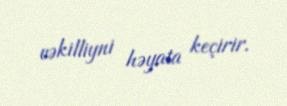
vəkilliyni həyata keçirir.